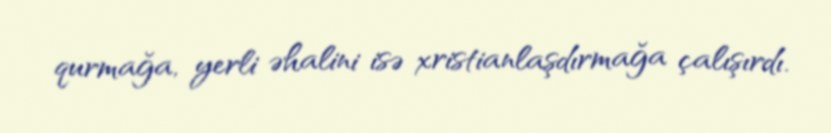
qurmağa, yerli əhalini isə xristianlaşdırmağa çalışırdı.